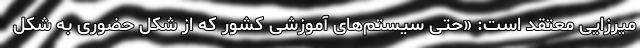
میرزایی معتقد است: «حتی سیستم‌های آموزشی کشور که از شکل حضوری به شکل